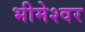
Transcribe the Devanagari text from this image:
भीमेश्‍वर